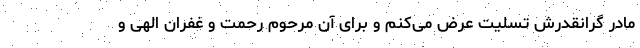
مادر گرانقدرش تسلیت عرض می‌کنم و برای آن مرحوم رحمت و غفران الهی و